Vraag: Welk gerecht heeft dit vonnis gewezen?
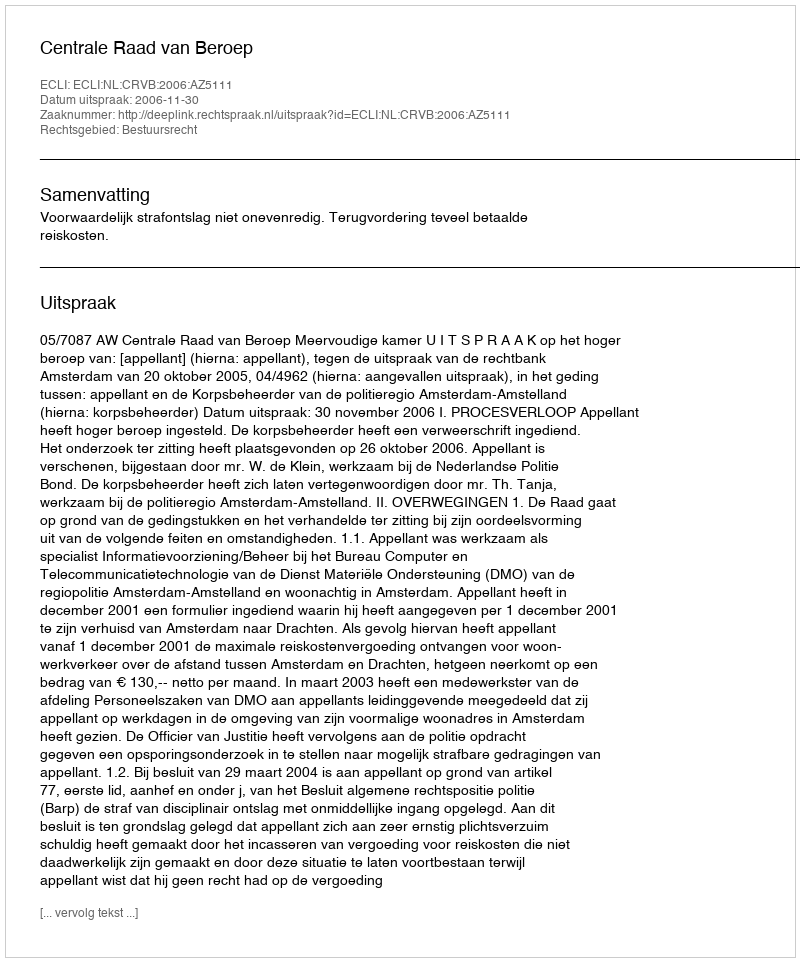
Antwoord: Centrale Raad van Beroep